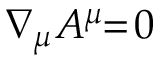
\nabla _ { \mu } A ^ { \mu } \! \! = \! 0